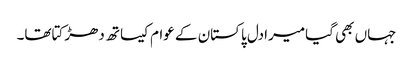
جہاں بھی گیامیرادل پاکستان کے عوام کیساتھ دھڑکتاتھا۔